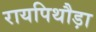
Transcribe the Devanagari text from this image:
रायपिथौड़ा